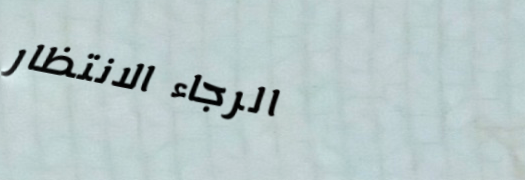
الرجاء الانتظار